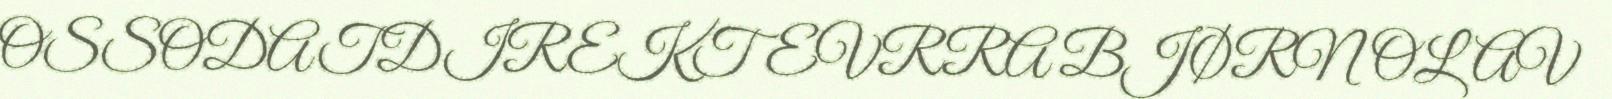
OSSODATDIREKTEVRRA BJØRN OLAV